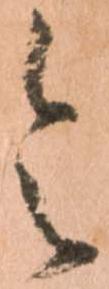
令